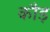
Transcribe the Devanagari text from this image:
कौड़